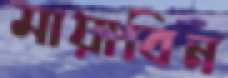
মায়াবিন